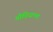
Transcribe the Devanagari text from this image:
मीडियात्मा